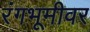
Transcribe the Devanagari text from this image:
रंंगभूमीवर